Report on vaccination North-West Frontier Province 1904-1922 - 1904-1922
Year: 1904
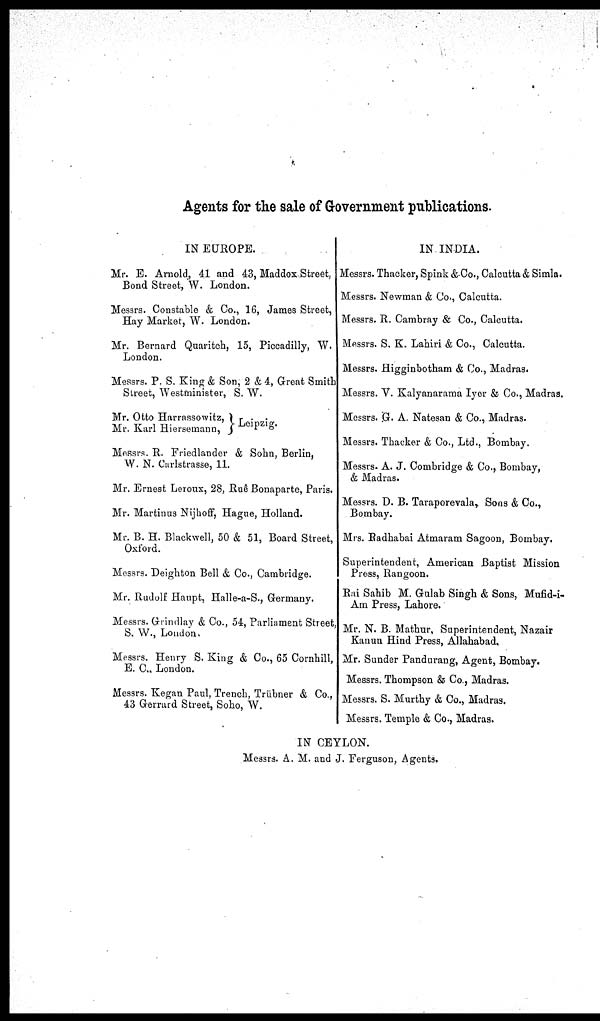
Agents for the sale of Government publications.
IN EUROPE.
Mr. E. Arnold, 41 and 43, Maddox Street,
Bond Street, W. London.
Messrs. Constable & Co., 16, James Street,
Hay Market, W. London.
Mr. Bernard Quaritch, 15, Piccadilly, W.
London.
Messrs. P. S. King & Son, 2 & 4, Great Smith
Street, Westminister, S. W.
Mr. Otto Harrassowitz,
Mr. Karl Hiersemann,
Leipzig.
Messrs. R. Friedlander & Sohn, Berlin,
W. N. Carlstrasse, 11.
Mr. Ernest Leroux, 28, Ruê Bonaparte, Paris.
Mr. Martinus Nijhoff, Hague, Holland.
Mr. B. H. Blackwell, 50 & 51, Board Street,
Oxford.
Messrs. Deighton Bell & Co., Cambridge.
Mr. Rudolf Haupt, Halle-a-S., Germany.
Messrs. Grindlay & Co., 54, Parliament Street,
S. W., London.
Messrs. Henry S. King & Co., 65 Cornhill,
E. C., London.
Messrs. Kegan Paul, Trench, Trübner & Co.,
43 Gerrard Street, Soho, W.
IN INDIA.
Messrs. Thacker, Spink & Co., Calcutta & Simla.
Messrs. Newman & Co., Calcutta.
Messrs. R. Cambray & Co., Calcutta.
Messrs. S. K. Lahiri & Co., Calcutta.
Messrs. Higginbotham & Co., Madras.
Messrs. V. Kalyanarama Iyer & Co., Madras.
Messrs. G. A. Natesan & Co., Madras.
Messrs. Thacker & Co., Ltd., Bombay.
Messrs. A. J. Combridge & Co., Bombay,
& Madras.
Messrs. D. B. Taraporevala, Sons & Co.,
Bombay.
Mrs. Radhabai Atmaram Sagoon, Bombay.
Superintendent, American Baptist Mission
Press, Rangoon.
Rai Sahib M. Gulab Singh & Sons, Mufid-i-
Am Press, Lahore.
Mr. N. B. Mathur, Superintendent, Nazair
Kanun Hind Press, Allahabad.
Mr. Sunder Pandurang, Agent, Bombay.
Messrs. Thompson & Co., Madras.
Messrs. S. Murthy & Co., Madras.
Messrs. Temple & Co., Madras.
IN CEYLON.
Messrs. A. M. and J. Ferguson, Agents.